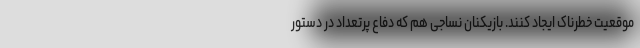
موقعیت خطرناک ایجاد کنند. بازیکنان نساجی هم که دفاع پرتعداد در دستور